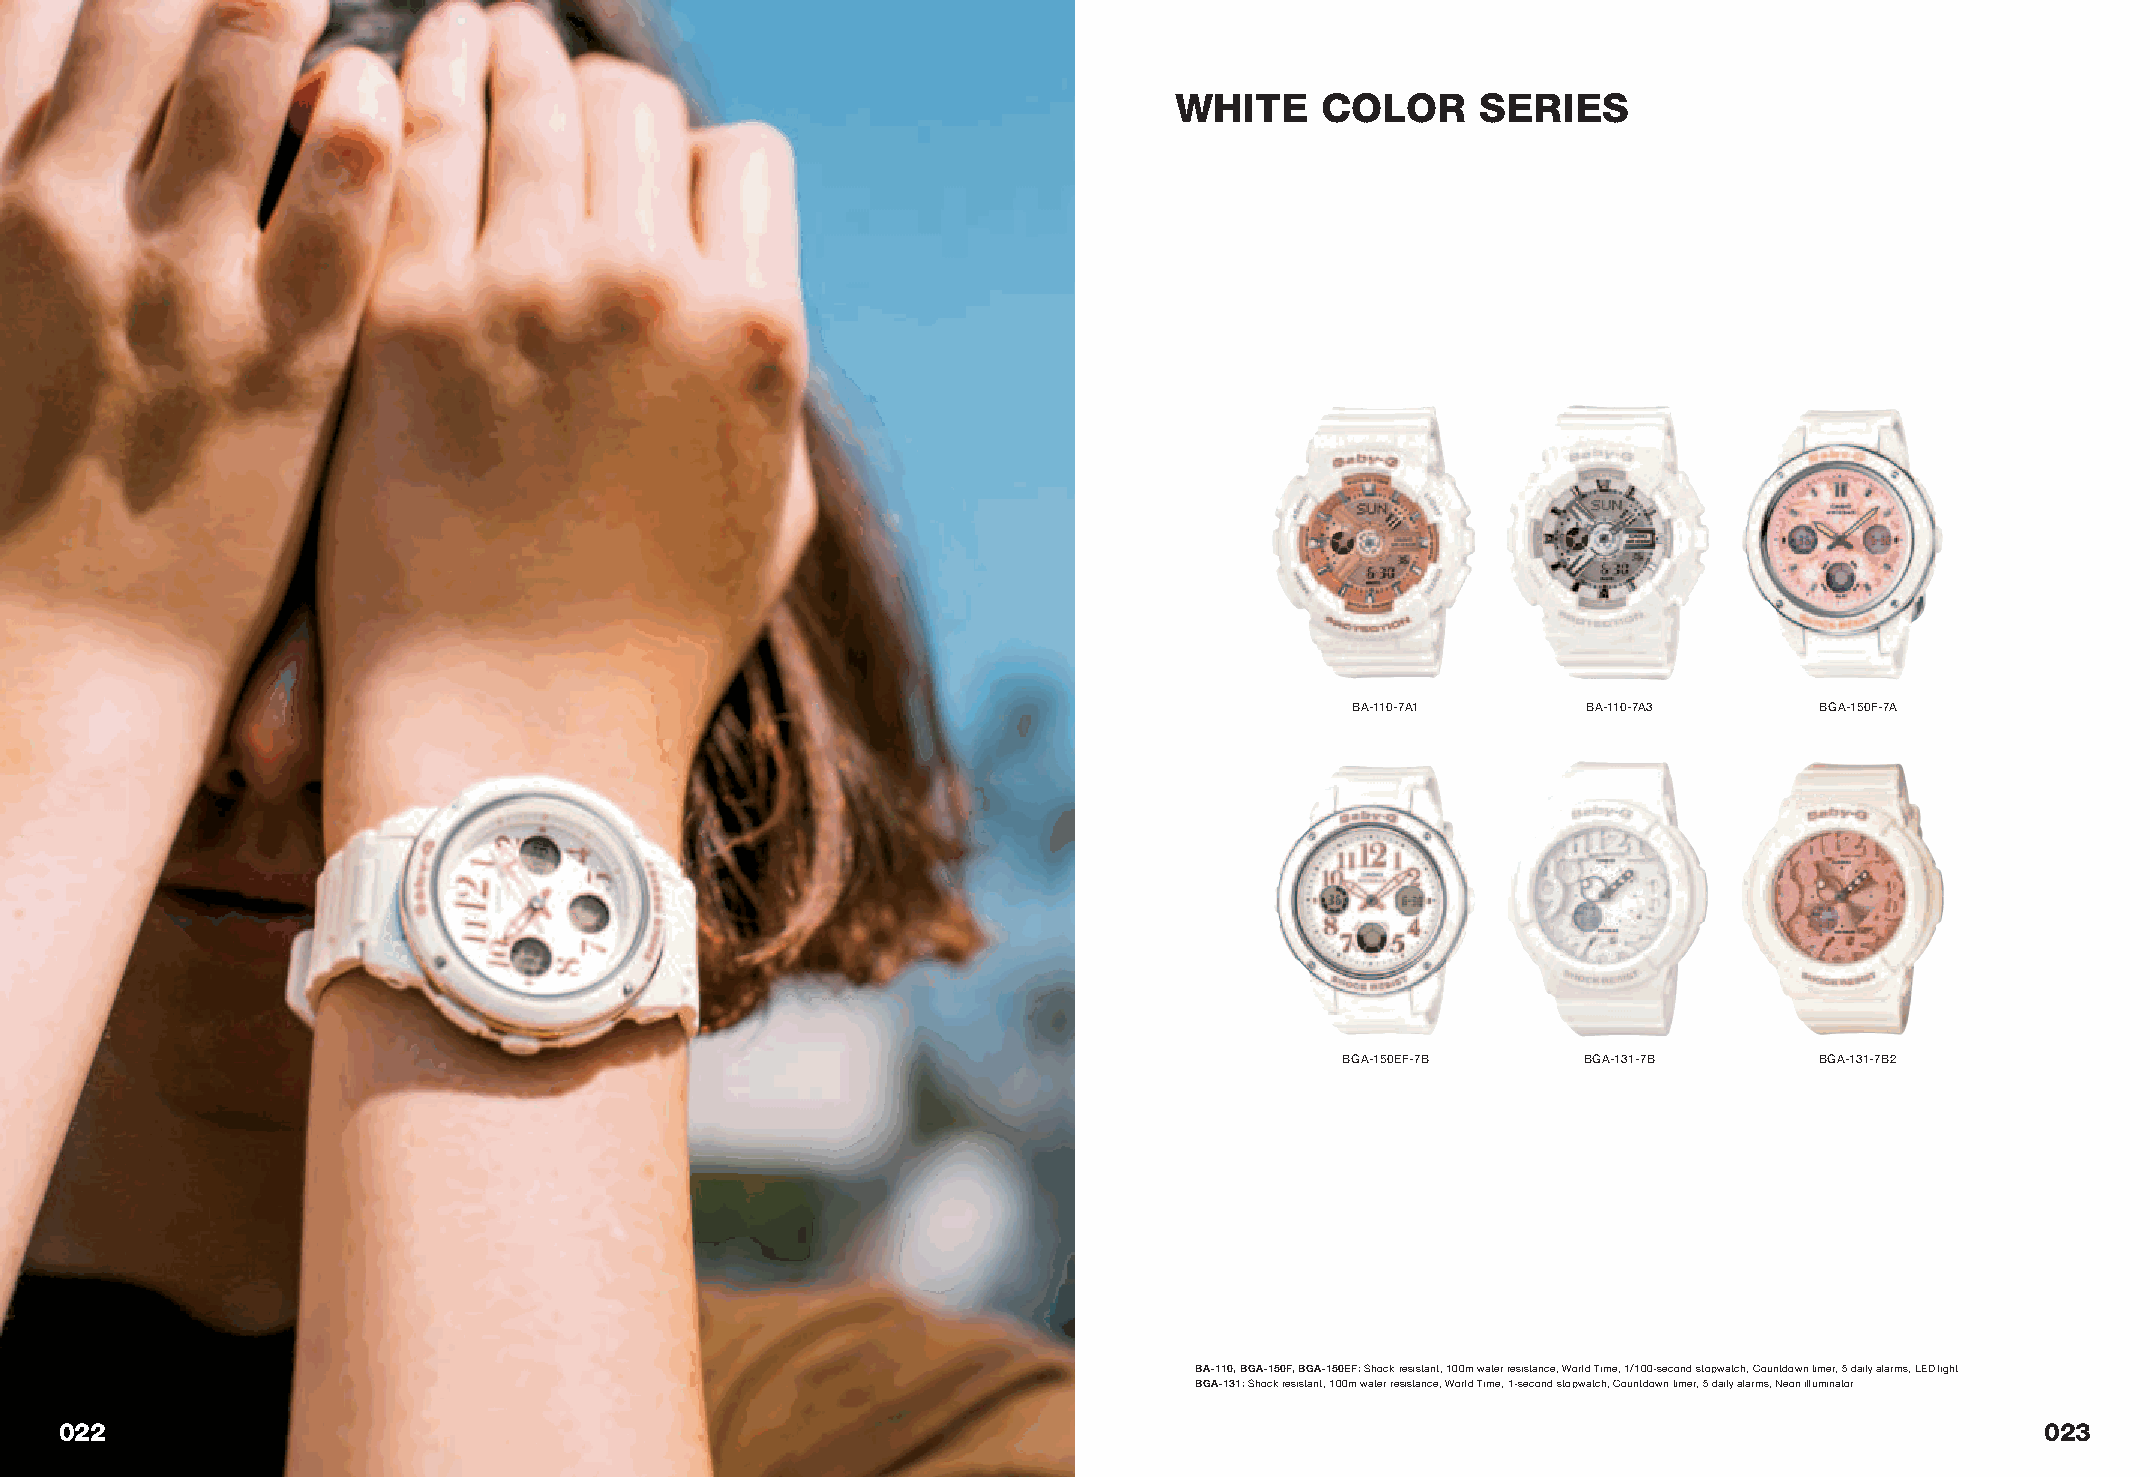
WHITE    COLOR      SERIES
 BA-110-7A1     BA-110-7A3     BGA-150F-7A
 BGA-150EF-7B    BGA-131-7B     BGA-131-7B2
 BA-110, BGA-150F, BGA-150EF: Shock resistant, 100m water resistance, World Time, 1/100-second stopwatch, Countdown timer, 5 daily alarms, LED light
 BGA-131: Shock resistant, 100m water resistance, World Time, 1-second stopwatch, Countdown timer, 5 daily alarms, Neon illuminator
 022                                                                                                                                023